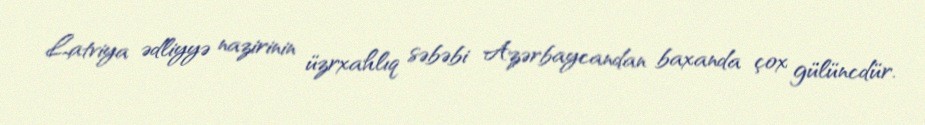
Latviya ədliyyə nazirinin üzrxahlıq səbəbi Azərbaycandan baxanda çox gülüncdür.